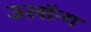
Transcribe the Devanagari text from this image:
ऊलॉन्ग